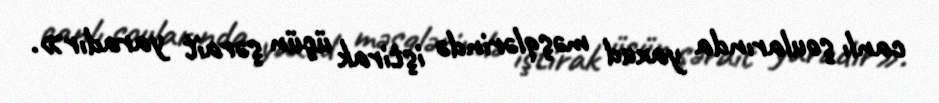
canlı şoularında yaxud məşqlərində iştirak üçün şərait yaradır».